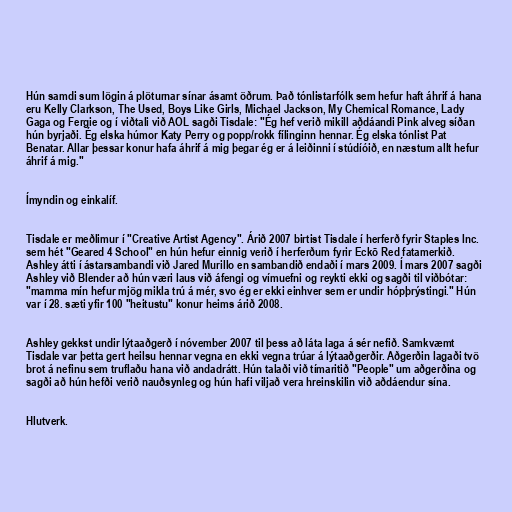
Hún samdi sum lögin á plöturnar sínar ásamt öðrum. Það tónlistarfólk sem hefur haft áhrif á hana
eru Kelly Clarkson, The Used, Boys Like Girls, Michael Jackson, My Chemical Romance, Lady
Gaga og Fergie og í viðtali við AOL sagði Tisdale: "Ég hef verið mikill aðdáandi Pink alveg síðan
hún byrjaði. Ég elska húmor Katy Perry og popp/rokk fílinginn hennar. Ég elska tónlist Pat
Benatar. Allar þessar konur hafa áhrif á mig þegar ég er á leiðinni í stúdíóið, en næstum allt hefur
áhrif á mig."

Ímyndin og einkalíf.

Tisdale er meðlimur í "Creative Artist Agency". Árið 2007 birtist Tisdale í herferð fyrir Staples Inc.
sem hét "Geared 4 School" en hún hefur einnig verið í herferðum fyrir Eckō Red fatamerkið.
Ashley átti í ástarsambandi við Jared Murillo en sambandið endaði í mars 2009. Í mars 2007 sagði
Ashley við Blender að hún væri laus við áfengi og vímuefni og reykti ekki og sagði til viðbótar:
"mamma mín hefur mjög mikla trú á mér, svo ég er ekki einhver sem er undir hópþrýstingi." Hún
var í 28. sæti yfir 100 "heitustu" konur heims árið 2008.

Ashley gekkst undir lýtaaðgerð í nóvember 2007 til þess að láta laga á sér nefið. Samkvæmt
Tisdale var þetta gert heilsu hennar vegna en ekki vegna trúar á lýtaaðgerðir. Aðgerðin lagaði tvö
brot á nefinu sem truflaðu hana við andadrátt. Hún talaði við tímaritið "People" um aðgerðina og
sagði að hún hefði verið nauðsynleg og hún hafi viljað vera hreinskilin við aðdáendur sína.

Hlutverk.